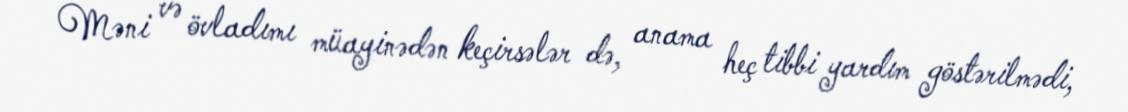
Məni və övladımı müayinədən keçirsələr də, anama heç tibbi yardım göstərilmədi,